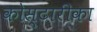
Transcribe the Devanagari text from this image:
कोस्टारीका